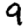
Digit: 9